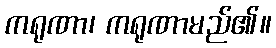
ကရုဏာ၊ ကရုဏာမည်၏။